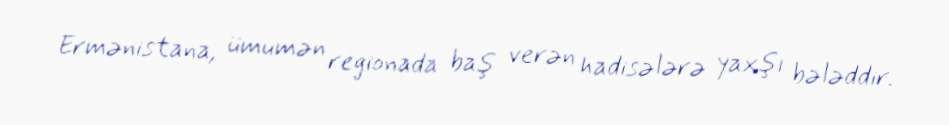
Ermənistana, ümumən regionada baş verən hadisələrə yaxşı bələddir.